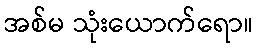
အစ်မ သုံးယောက်ရော။